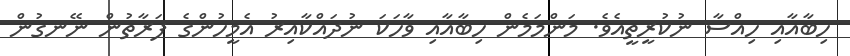
ހިބާއާއި ހިއްސާ ނުކުރީތީއެވެ. މަންމަމެން ހިބާއާއި ވާހަކަ ނުދައްކާއިރު އެމީހުންގެ ފަރާތުން ނޭނގުން